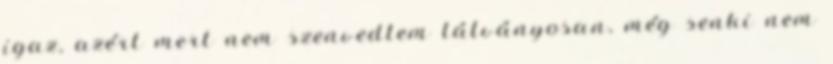
igaz, azért mert nem szenvedtem látványosan, még senki nem